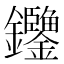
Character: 𨰶